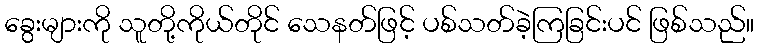
ခွေးများကို သူတို့ကိုယ်တိုင် သေနတ်ဖြင့် ပစ်သတ်ခဲ့ကြခြင်းပင် ဖြစ်သည်။